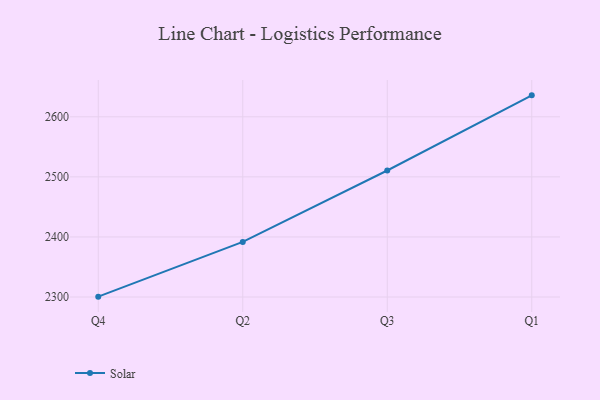
{"axis": {"x": "Quarter", "y": "Waste Production (Tons)"}, "legend": ["Solar"], "data": [{"x": "Q4", "y": 2300.6, "type": "Solar"}, {"x": "Q2", "y": 2391.7, "type": "Solar"}, {"x": "Q3", "y": 2510.6, "type": "Solar"}, {"x": "Q1", "y": 2635.7, "type": "Solar"}]}